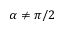
\alpha \neq \pi / 2